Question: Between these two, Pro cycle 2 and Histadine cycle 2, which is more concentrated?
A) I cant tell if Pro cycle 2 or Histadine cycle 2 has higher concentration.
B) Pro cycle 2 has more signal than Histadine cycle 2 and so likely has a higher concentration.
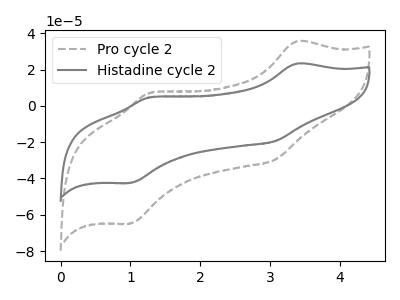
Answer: <think>The gray dashed curve "Pro cycle 2" has anodic peaks at (3.40V, 35.60uA) (1.30V, 7.25uA) and cathodic peaks at (3.05V, -29.70uA) (1.00V, -64.90uA). The gray curve "Histadine cycle 2" has anodic peaks at (3.40V, 23.30uA) (1.30V, 4.75uA) and cathodic peaks at (3.05V, -19.45uA) (1.00V, -42.50uA).
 All the peaks in "Pro cycle 2" have a peak in "Histadine cycle 2" at the same potential. Every peak in "Pro cycle 2" is higher than every peak in "Histadine cycle 2".</think>
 <answer>B) "Pro cycle 2" has more signal than "Histadine cycle 2" and so likely has a higher concentration.</answer>
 <eval>B</eval>